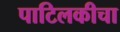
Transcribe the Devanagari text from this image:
पाटिलकीचा